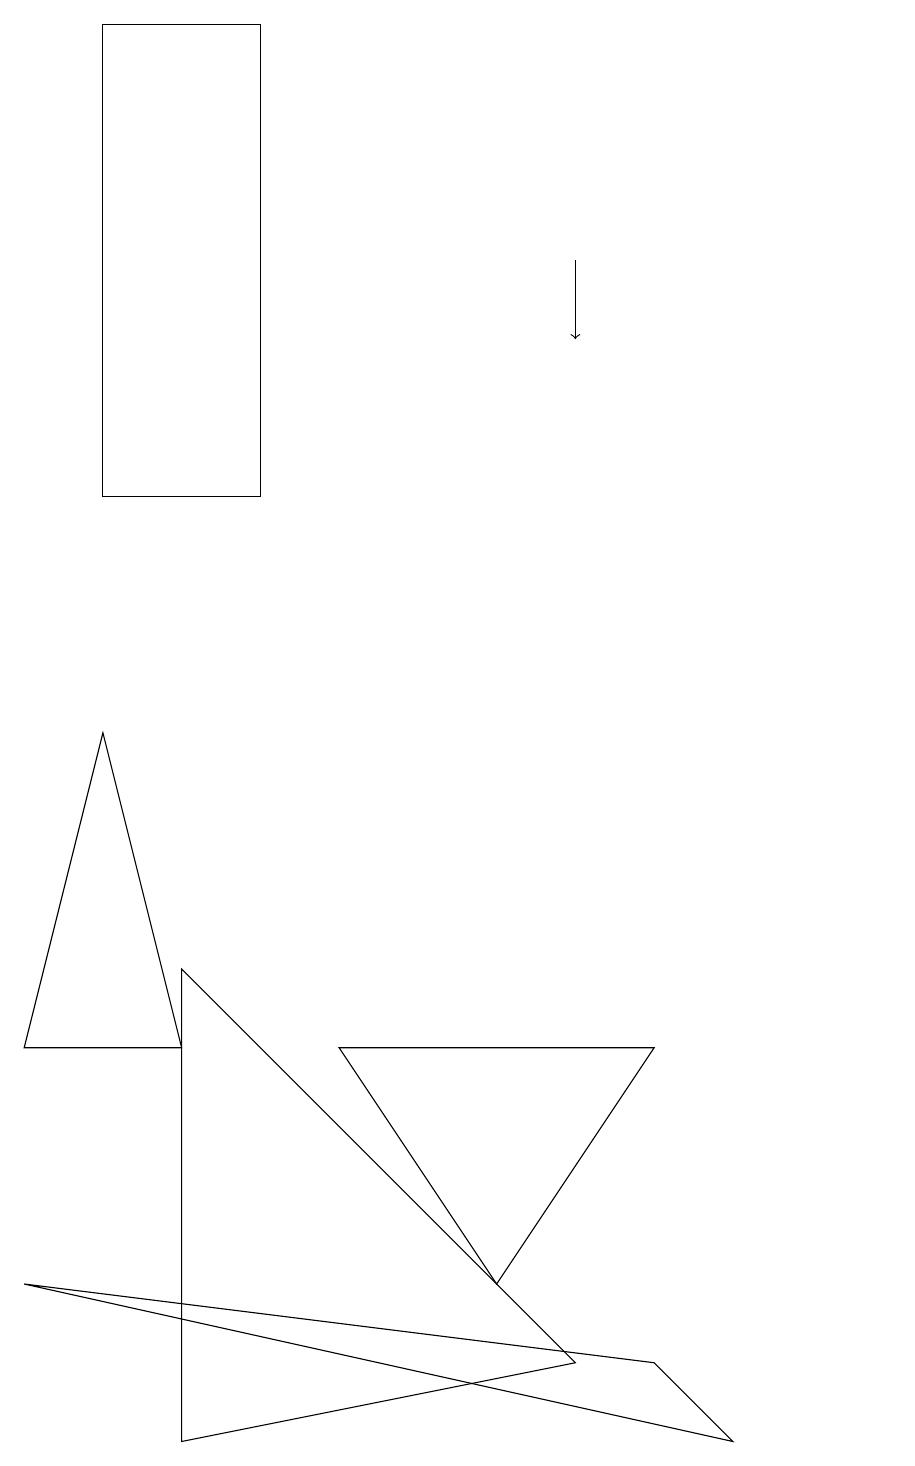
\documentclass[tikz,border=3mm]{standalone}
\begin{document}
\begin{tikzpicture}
\draw (3,18) rectangle (1,12);
\draw (9,0) -- (0,2) -- (8,1) -- cycle;
\draw[->] (7,15) -- (7,14);
\draw (0,5) -- (1,9) -- (2,5) -- cycle;
\draw (8,5) -- (6,2) -- (4,5) -- cycle;
\draw (11,10) circle (0);
\draw (7,1) -- (2,6) -- (2,0) -- cycle;
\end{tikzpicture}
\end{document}